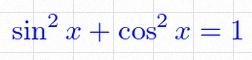
\sin^2x+\cos^2x=1